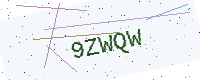
Text: 9ZWQW